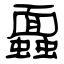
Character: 蠠